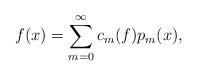
LaTeX: \begin{align*}f(x) = \sum_{m=0}^{\infty}c_m(f) p_m(x),\end{align*}